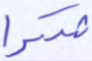
شكرا